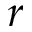
r